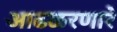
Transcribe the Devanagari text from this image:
आढळरणारे